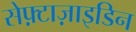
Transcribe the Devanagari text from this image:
सेफ़्टाज़ाइडिन